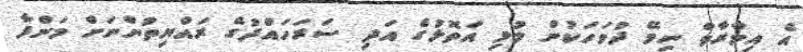
އެ އިމާރާތް ނިމޭ ދުވަހަކުން މުޅި އަތޮޅުގެ އަދި ސަރަހައްދުގެ ރައްޔިތުންނަށް މަންފާ